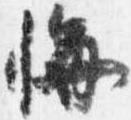
悔